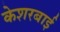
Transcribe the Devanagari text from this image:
केशरबाई